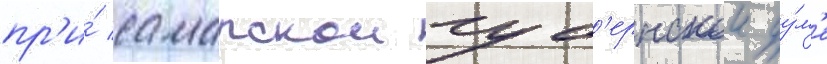
пр'и́ самарскои губ'ернскои ду́м'е